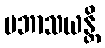
ပဘာသယန္တိ